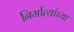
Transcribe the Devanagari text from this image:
निर्मात्यांच्या